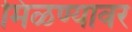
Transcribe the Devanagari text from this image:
मिळण्यावर